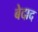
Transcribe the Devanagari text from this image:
बेदाद